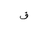
Letter: _qaf